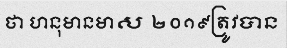
ថា ហនុមានមាស ២០១៩ត្រូវបាន